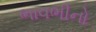
ભાવભીનો